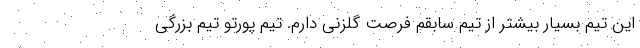
این تیم بسیار بیشتر از تیم سابقم فرصت گلزنی دارم. تیم پورتو تیم بزرگی